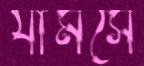
র‍্যামসে